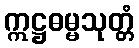
ဣဋ္ဌဓမ္မသုတ္တံ